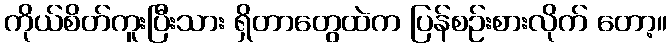
ကိုယ်စိတ်ကူးပြီးသား ရှိတာတွေထဲက ပြန်စဉ်းစားလိုက် တော့။